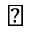
\vartriangle